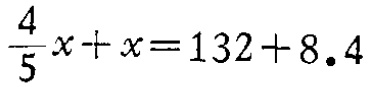
$\frac{4}{5}x + x = 132 + 8.4$